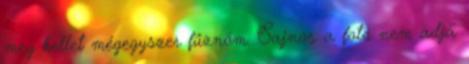
meg kellet mégegyszer fűznöm. Sajnos a fotó nem adja